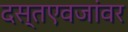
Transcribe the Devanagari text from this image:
दस्तएवजांवर